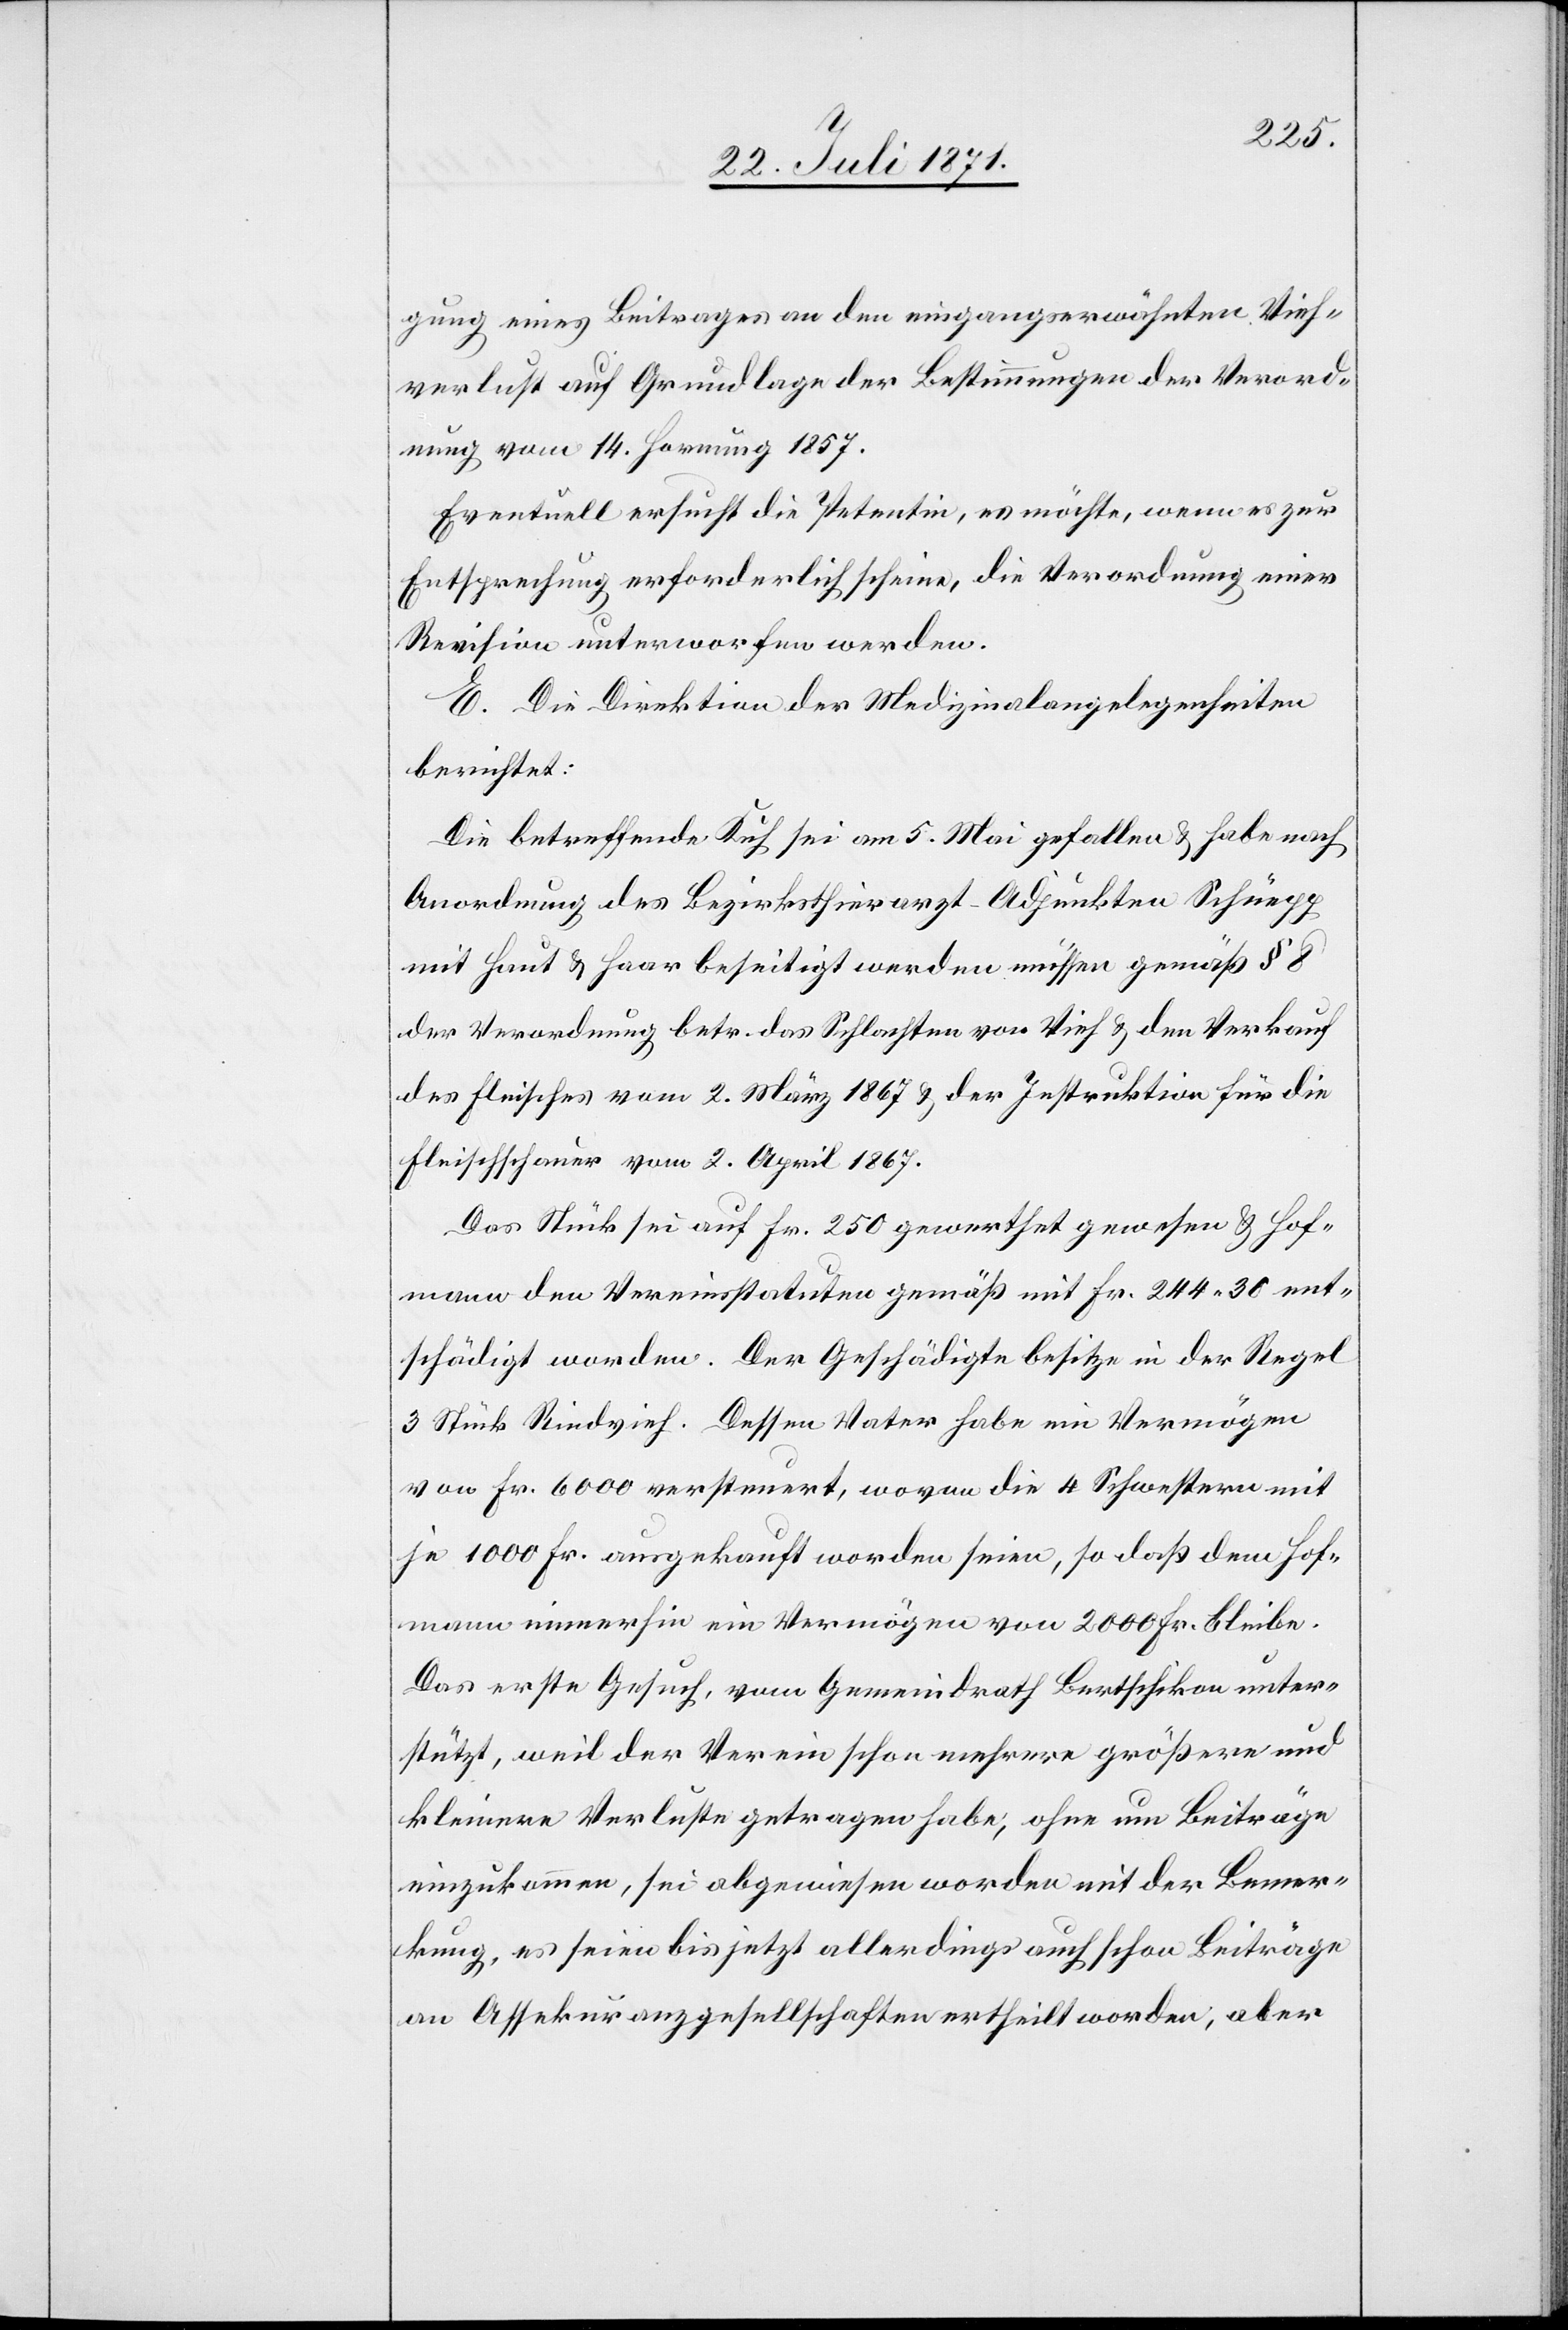
gung eines Beitrages an den eingangserwähnten Vieh¬
verlust auf Grundlage der Bestimmungen der Verord¬
nung vom 14. Hornung 1857.
Eventuell ersucht die Petentin, es möchte, wenn es zur
Entsprechung erforderlich scheine, die Verordnung einer
Revision unterworfen werden.
E. Die Direktion der Medizinalangelegenheiten
berichtet:
Die betreffende Kuh sei am 5. Mai gefallen u. habe nach
Anordnung des Bezirksthierarzt-Adjunkten Schüepp
mit Haut u. Haar beseitigt werden müssen gemäß § 8
der Verordnung betr. das Schlachten von Vieh u. den Verkauf
des Fleisches vom 2. März 1867 u. der Instruktion für die
Fleischschauer vom 2. April 1867.
Das Stück sei auf Fr. 250 gewerthet gewesen u. Hof¬
mann den Vereinsstatuten gemäß mit Fr. 244.30 ent¬
schädigt worden. der Geschädigte besitze in der Regel
3 Stück Rindvieh. Dessen Vater habe ein Vermögen
von Fr. 6000 versteuert, wovon die 4 Schwestern mit
je 1000 Fr. ausgekauft worden seien, so daß dem Hof¬
mann immerhin ein Vermögen von 2000 Fr. bleibe.
Das erste Gesuch, vom Gemeindrath Bertschikon unter¬
stützt, weil der Verein schon mehrere größere und
kleinere Verluste getragen habe, ohne um Beiträge
einzukommen, sei abgewiesen worden mit der Bemer¬
kung, es seien bis jetzt allerdings auch schon Beiträge
an Assekuranzgesellschaften ertheilt worden, aber